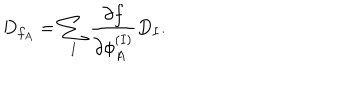
D _ { f _ { A } } = \sum _ { I } { \frac { \partial f } { \partial \phi _ { A } ^ { ( I ) } } } D _ { I } .